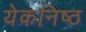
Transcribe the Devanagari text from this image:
येकनिष्ठ